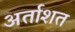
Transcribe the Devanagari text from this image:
अर्ताशत